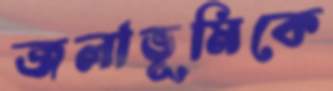
জলাভূমিকে